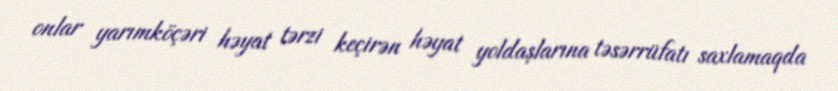
onlar yarımköçəri həyat tərzi keçirən həyat yoldaşlarına təsərrüfatı saxlamaqda